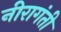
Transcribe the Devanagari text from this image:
नीरागंती